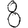
Digit: 8